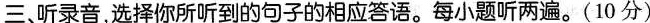
三、听录音,选择你所听到的句子的相应答语.每小题听两遍。(10 分)